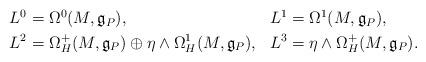
LaTeX: \begin{align*}\begin{aligned} L^0 &= \Omega^0(M,\mathfrak{g}_P), & L^1 &= \Omega^1(M,\mathfrak{g}_P), \\ L^2 &= \Omega^{+}_{H}(M,\mathfrak{g}_P) \oplus \eta \wedge \Omega^1_H(M,\mathfrak{g}_P), & L^3 &= \eta \wedge \Omega^{+}_{H}(M,\mathfrak{g}_P).\end{aligned}\end{align*}